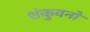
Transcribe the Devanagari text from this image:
शंकुवनों